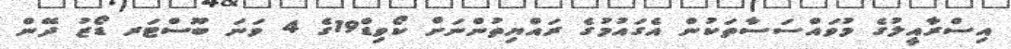
އިސްރާއީލުގެ މުވައްސަސާތަކުން އެގައުމުގެ ރައްޔިތުންނަށް ކޯވިޑް19ގެ 4 ވަނަ ބޫސްޓަރ ޑޯޒު ދޭން